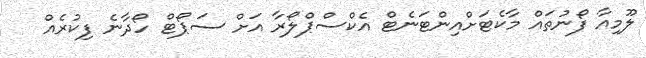
ލޫމިއާ ފޯނުތައް މާކެޓަށްއިންޓަނެޓް އެކްސްޕްލޯރާ އަށް ސަޕޯޓް ހޯދާނެ ފިކުރެއް